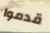
قدموا